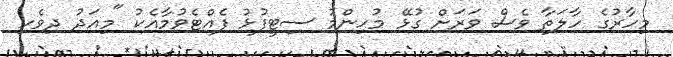
މިހާރުގެ ހާލަތާ ވެސް ވަރަށް ގުޅޭ މުހިންމު ސިޓީފުޅު ފެއްޓެވުމާއެކު "މިއަދު ދިވެހި